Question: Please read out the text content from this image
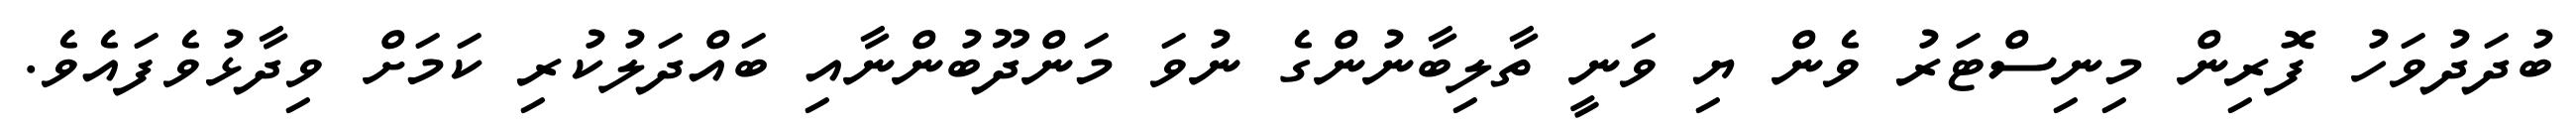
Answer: ބުދަދުވަހު ފޮރިން މިނިސްޓަރު ވެން ޔި ވަނީ ތާލިބާނުންގެ ނުވަ މަންދޫބުންނާއި ބައްދަލުކުރި ކަމަށް ވިދާޅުވެފައެވެ.